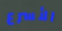
الأسرع